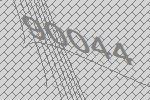
90044